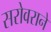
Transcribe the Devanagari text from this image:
सरोवराने